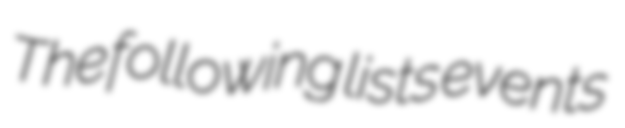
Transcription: The following lists events